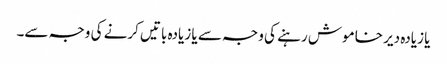
یا زیادہ دیر خاموش رہنے کی وجہ سے یا زیادہ باتیں کرنے کی وجہ سے۔